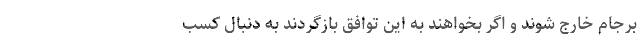
برجام خارج شوند و اگر بخواهند به این توافق بازگردند به دنبال کسب